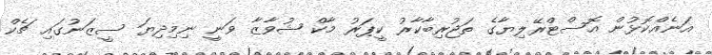
އަނެއްކޮޅުން އޮސްޓްރޭލިޔާގެ ތަޖުރިބާކާރު ކީޕަރު މާކް ޝުވާޒާ ވަނީ ނިމިދިޔަ ސީޒަނުގައި ޗެކް